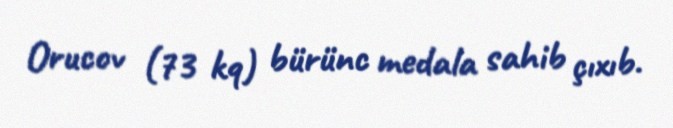
Orucov (73 kq) bürünc medala sahib çıxıb.